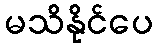
မသိနိုင်ပေ